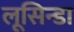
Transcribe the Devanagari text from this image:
लूसिन्डा